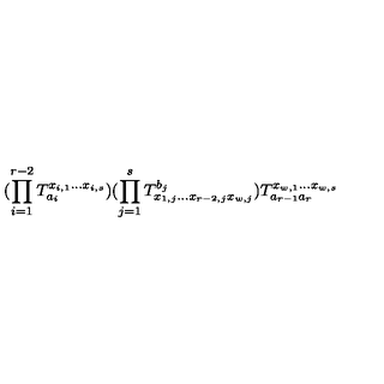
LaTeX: ( \prod _ { i = 1 } ^ { r - 2 } T _ { a _ { i } } ^ { x _ { i , 1 } \ldots x _ { i , s } } ) ( \prod _ { j = 1 } ^ { s } T _ { x _ { 1 , j } \ldots x _ { r - 2 , j } x _ { w , j } } ^ { b _ { j } } ) T _ { a _ { r - 1 } a _ { r } } ^ { x _ { w , 1 } \ldots x _ { w , s } }